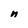
Character: n